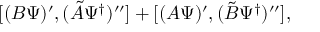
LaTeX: [ ( B { \mit \Psi } ) ^ { \prime } , ( \tilde { A } { \mit \Psi } ^ { \dagger } ) ^ { \prime \prime } ] + [ ( A { \mit \Psi } ) ^ { \prime } , ( \tilde { B } { \mit \Psi } ^ { \dagger } ) ^ { \prime \prime } ] ,